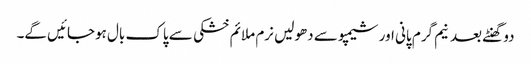
دو گھنٹے بعد نیم گرم پانی اور شیمپو سے دھولیں نرم ملائم خشکی سے پاک بال ہوجائیں گے۔